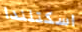
اسكتلندا